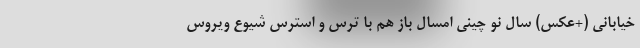
خیابانی (+عکس) سال نو چینی امسال باز هم با ترس و استرس شیوع ویروس